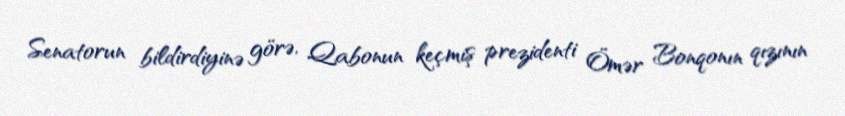
Senatorun bildirdiyinə görə, Qabonun keçmiş prezidenti Ömər Bonqonın qızının